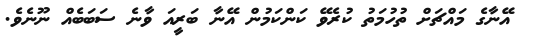
އޭނާގެ މައްޗަށް ތުހުމަތު ކުރެވޭ ކަންކަމުން އޭނާ ބަރީއަ ވާނެ ސަބަބެއް ނޫނެވެ.